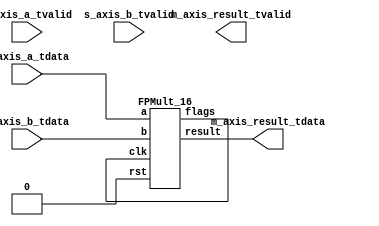
`define SIMULATION_MEMORY
`define EXPONENT 5
`define MANTISSA 10
`define ACTUAL_MANTISSA 11
`define EXPONENT_LSB 10
`define EXPONENT_MSB 14
`define MANTISSA_LSB 0
`define MANTISSA_MSB 9
`define MANTISSA_MUL_SPLIT_LSB 3
`define MANTISSA_MUL_SPLIT_MSB 9
`define SIGN 1
`define SIGN_LOC 15
`define DWIDTH (`SIGN+`EXPONENT+`MANTISSA)
`define IEEE_COMPLIANCE 1

module td_fused_top_ap_hmul_0_max_dsp_16 (
   input  wire        s_axis_a_tvalid,
   input  wire [15:0] s_axis_a_tdata,
   input  wire        s_axis_b_tvalid,
   input  wire [15:0] s_axis_b_tdata,
   output wire        m_axis_result_tvalid,
   output wire [15:0] m_axis_result_tdata
);

`ifdef complex_dsp
   multiply_fp u_mult_fp (
      .a(s_axis_a_tdata),
      .b(s_axis_b_tdata),
      .out(m_axis_result_tdata)
   );
`else
FPMult_16 u_FPMult (.clk(), .rst(1'b0), .a(s_axis_a_tdata), .b(s_axis_b_tdata), .result(m_axis_result_tdata), .flags());
`endif


endmodule
module FPMult_16(
		clk,
		rst,
		a,
		b,
		result,
		flags
    );

	// Input Ports
	input clk ;							// Clock
	input rst ;							// Reset signal
	input [`DWIDTH-1:0] a;					// Input A, a 32-bit floating point number
	input [`DWIDTH-1:0] b;					// Input B, a 32-bit floating point number

	// Output ports
	output [`DWIDTH-1:0] result ;					// Product, result of the operation, 32-bit FP number
	output [4:0] flags ;				// Flags indicating exceptions according to IEEE754

	// Internal signals
	wire [31:0] Z_int ;				// Product, result of the operation, 32-bit FP number
	wire [4:0] Flags_int ;			// Flags indicating exceptions according to IEEE754

	wire Sa ;							// A's sign
	wire Sb ;							// B's sign
	wire Sp ;							// Product sign
	wire [`EXPONENT-1:0] Ea ;					// A's exponent
	wire [`EXPONENT-1:0] Eb ;					// B's exponent
	wire [2*`MANTISSA+1:0] Mp ;					// Product mantissa
	wire [4:0] InputExc ;			// Exceptions in inputs
	wire [`MANTISSA-1:0] NormM ;				// Normalized mantissa
	wire [`EXPONENT:0] NormE ;				// Normalized exponent
	wire [`MANTISSA:0] RoundM ;				// Normalized mantissa
	wire [`EXPONENT:0] RoundE ;				// Normalized exponent
	wire [`MANTISSA:0] RoundMP ;				// Normalized mantissa
	wire [`EXPONENT:0] RoundEP ;				// Normalized exponent
	wire GRS ;

	//reg [63:0] pipe_0;			// Pipeline register Input->Prep
	reg [2*`DWIDTH-1:0] pipe_0;			// Pipeline register Input->Prep

	//reg [92:0] pipe_1;			// Pipeline register Prep->Execute
	reg [3*`MANTISSA+2*`EXPONENT+7:0] pipe_1;			// Pipeline register Prep->Execute

	//reg [38:0] pipe_2;			// Pipeline register Execute->Normalize
	reg [`MANTISSA+`EXPONENT+7:0] pipe_2;			// Pipeline register Execute->Normalize

	//reg [72:0] pipe_3;			// Pipeline register Normalize->Round
	reg [2*`MANTISSA+2*`EXPONENT+10:0] pipe_3;			// Pipeline register Normalize->Round

	//reg [36:0] pipe_4;			// Pipeline register Round->Output
	reg [`DWIDTH+4:0] pipe_4;			// Pipeline register Round->Output

	assign result = pipe_4[`DWIDTH+4:5] ;
	assign flags = pipe_4[4:0] ;

	// Prepare the operands for alignment and check for exceptions
	FPMult_PrepModule PrepModule(clk, rst, pipe_0[2*`DWIDTH-1:`DWIDTH], pipe_0[`DWIDTH-1:0], Sa, Sb, Ea[`EXPONENT-1:0], Eb[`EXPONENT-1:0], Mp[2*`MANTISSA+1:0], InputExc[4:0]) ;

	// Perform (unsigned) mantissa multiplication
	FPMult_ExecuteModule ExecuteModule(pipe_1[3*`MANTISSA+`EXPONENT*2+7:2*`MANTISSA+2*`EXPONENT+8], pipe_1[2*`MANTISSA+2*`EXPONENT+7:2*`MANTISSA+7], pipe_1[2*`MANTISSA+6:5], pipe_1[2*`MANTISSA+2*`EXPONENT+6:2*`MANTISSA+`EXPONENT+7], pipe_1[2*`MANTISSA+`EXPONENT+6:2*`MANTISSA+7], pipe_1[2*`MANTISSA+2*`EXPONENT+8], pipe_1[2*`MANTISSA+2*`EXPONENT+7], Sp, NormE[`EXPONENT:0], NormM[`MANTISSA-1:0], GRS) ;

	// Round result and if necessary, perform a second (post-rounding) normalization step
	FPMult_NormalizeModule NormalizeModule(pipe_2[`MANTISSA-1:0], pipe_2[`MANTISSA+`EXPONENT:`MANTISSA], RoundE[`EXPONENT:0], RoundEP[`EXPONENT:0], RoundM[`MANTISSA:0], RoundMP[`MANTISSA:0]) ;

	// Round result and if necessary, perform a second (post-rounding) normalization step
	//FPMult_RoundModule RoundModule(pipe_3[47:24], pipe_3[23:0], pipe_3[65:57], pipe_3[56:48], pipe_3[66], pipe_3[67], pipe_3[72:68], Z_int[31:0], Flags_int[4:0]) ;
	FPMult_RoundModule RoundModule(pipe_3[2*`MANTISSA+1:`MANTISSA+1], pipe_3[`MANTISSA:0], pipe_3[2*`MANTISSA+2*`EXPONENT+3:2*`MANTISSA+`EXPONENT+3], pipe_3[2*`MANTISSA+`EXPONENT+2:2*`MANTISSA+2], pipe_3[2*`MANTISSA+2*`EXPONENT+4], pipe_3[2*`MANTISSA+2*`EXPONENT+5], pipe_3[2*`MANTISSA+2*`EXPONENT+10:2*`MANTISSA+2*`EXPONENT+6], Z_int[`DWIDTH-1:0], Flags_int[4:0]) ;

	always @ (*) begin
		if(rst) begin
			pipe_0 = 0;
			pipe_1 = 0;
			pipe_2 = 0;
			pipe_3 = 0;
			pipe_4 = 0;
		end
		else begin
			/* PIPE 0
				[63:32] A
				[31:0] B
			*/
      pipe_0 = {a, b} ;

			/* PIPE 1
				[70] Sa
				[69] Sb
				[68:61] Ea
				[60:53] Eb
				[52:5] Mp
				[4:0] InputExc
			*/
			//pipe_1 <= {pipe_0[`DWIDTH+`MANTISSA-1:`DWIDTH], pipe_0[`MANTISSA_MUL_SPLIT_LSB-1:0], Sa, Sb, Ea[`EXPONENT-1:0], Eb[`EXPONENT-1:0], Mp[2*`MANTISSA-1:0], InputExc[4:0]} ;
			pipe_1 = {pipe_0[`DWIDTH+`MANTISSA-1:`DWIDTH], pipe_0[8:0], Sa, Sb, Ea[`EXPONENT-1:0], Eb[`EXPONENT-1:0], Mp[2*`MANTISSA+1:0], InputExc[4:0]} ;
			/* PIPE 2
				[38:34] InputExc
				[33] GRS
				[32] Sp
				[31:23] NormE
				[22:0] NormM
			*/
			pipe_2 = {pipe_1[4:0], GRS, Sp, NormE[`EXPONENT:0], NormM[`MANTISSA-1:0]} ;
			/* PIPE 3
				[72:68] InputExc
				[67] GRS
				[66] Sp
				[65:57] RoundE
				[56:48] RoundEP
				[47:24] RoundM
				[23:0] RoundMP
			*/
			pipe_3 = {pipe_2[`EXPONENT+`MANTISSA+7:`EXPONENT+`MANTISSA+1], RoundE[`EXPONENT:0], RoundEP[`EXPONENT:0], RoundM[`MANTISSA:0], RoundMP[`MANTISSA:0]} ;
			/* PIPE 4
				[36:5] Z
				[4:0] Flags
			*/
			pipe_4 = {Z_int[`DWIDTH-1:0], Flags_int[4:0]} ;
		end
	end

endmodule
module FPMult_RoundModule(
		RoundM,
		RoundMP,
		RoundE,
		RoundEP,
		Sp,
		GRS,
		InputExc,
		Z,
		Flags
    );

	// Input Ports
	input [`MANTISSA:0] RoundM ;									// Normalized mantissa
	input [`MANTISSA:0] RoundMP ;									// Normalized exponent
	input [`EXPONENT:0] RoundE ;									// Normalized mantissa + 1
	input [`EXPONENT:0] RoundEP ;									// Normalized exponent + 1
	input Sp ;												// Product sign
	input GRS ;
	input [4:0] InputExc ;

	// Output Ports
	output [`DWIDTH-1:0] Z ;										// Final product
	output [4:0] Flags ;

	// Internal Signals
	wire [`EXPONENT:0] FinalE ;									// Rounded exponent
	wire [`MANTISSA:0] FinalM;
	wire [`MANTISSA:0] PreShiftM;

	assign PreShiftM = GRS ? RoundMP : RoundM ;	// Round up if R and (G or S)

	// Post rounding normalization (potential one bit shift> use shifted mantissa if there is overflow)
	assign FinalM = (PreShiftM[`MANTISSA] ? {1'b0, PreShiftM[`MANTISSA:1]} : PreShiftM[`MANTISSA:0]) ;

	assign FinalE = (PreShiftM[`MANTISSA] ? RoundEP : RoundE) ; // Increment exponent if a shift was done

	assign Z = {Sp, FinalE[`EXPONENT-1:0], FinalM[`MANTISSA-1:0]} ;   // Putting the pieces together
	assign Flags = InputExc[4:0];

endmodule
module FPMult_NormalizeModule(
		NormM,
		NormE,
		RoundE,
		RoundEP,
		RoundM,
		RoundMP
    );

	// Input Ports
	input [`MANTISSA-1:0] NormM ;									// Normalized mantissa
	input [`EXPONENT:0] NormE ;									// Normalized exponent

	// Output Ports
	output [`EXPONENT:0] RoundE ;
	output [`EXPONENT:0] RoundEP ;
	output [`MANTISSA:0] RoundM ;
	output [`MANTISSA:0] RoundMP ;

	assign RoundE = NormE - 15 ;
	assign RoundEP = NormE - 14 ;
	assign RoundM = NormM ;
	assign RoundMP = NormM ;

endmodule
module FPMult_ExecuteModule(
		a,
		b,
		MpC,
		Ea,
		Eb,
		Sa,
		Sb,
		Sp,
		NormE,
		NormM,
		GRS
    );

	// Input ports
	input [`MANTISSA-1:0] a ;
	input [2*`EXPONENT:0] b ;
	input [2*`MANTISSA+1:0] MpC ;
	input [`EXPONENT-1:0] Ea ;						// A's exponent
	input [`EXPONENT-1:0] Eb ;						// B's exponent
	input Sa ;								// A's sign
	input Sb ;								// B's sign

	// Output ports
	output Sp ;								// Product sign
	output [`EXPONENT:0] NormE ;													// Normalized exponent
	output [`MANTISSA-1:0] NormM ;												// Normalized mantissa
	output GRS ;

	wire [2*`MANTISSA+1:0] Mp ;

	assign Sp = (Sa ^ Sb) ;												// Equal signs give a positive product

   // wire [`ACTUAL_MANTISSA-1:0] inp_a;
   // wire [`ACTUAL_MANTISSA-1:0] inp_b;
   // assign inp_a = {1'b1, a};
   // assign inp_b = {{(`MANTISSA-`MANTISSA_MUL_SPLIT_LSB){1'b0}}, 1'b0, b};
   // DW02_mult #(`ACTUAL_MANTISSA,`ACTUAL_MANTISSA) u_mult(.A(inp_a), .B(inp_b), .TC(1'b0), .PRODUCT(Mp_temp));
   // DW01_add #(2*`ACTUAL_MANTISSA) u_add(.A(Mp_temp), .B(MpC<<`MANTISSA_MUL_SPLIT_LSB), .CI(1'b0), .SUM(Mp), .CO());

	//assign Mp = (MpC<<(2*`EXPONENT+1)) + ({4'b0001, a[`MANTISSA-1:0]}*{1'b0, b[2*`EXPONENT:0]}) ;
	assign Mp = MpC;


	assign NormM = (Mp[2*`MANTISSA+1] ? Mp[2*`MANTISSA:`MANTISSA+1] : Mp[2*`MANTISSA-1:`MANTISSA]); 	// Check for overflow
	assign NormE = (Ea + Eb + Mp[2*`MANTISSA+1]);								// If so, increment exponent

	assign GRS = ((Mp[`MANTISSA]&(Mp[`MANTISSA+1]))|(|Mp[`MANTISSA-1:0])) ;

endmodule
module FPMult_PrepModule (
		clk,
		rst,
		a,
		b,
		Sa,
		Sb,
		Ea,
		Eb,
		Mp,
		InputExc
	);

	// Input ports
	input clk ;
	input rst ;
	input [`DWIDTH-1:0] a ;								// Input A, a 32-bit floating point number
	input [`DWIDTH-1:0] b ;								// Input B, a 32-bit floating point number

	// Output ports
	output Sa ;										// A's sign
	output Sb ;										// B's sign
	output [`EXPONENT-1:0] Ea ;								// A's exponent
	output [`EXPONENT-1:0] Eb ;								// B's exponent
	output [2*`MANTISSA+1:0] Mp ;							// Mantissa product
	output [4:0] InputExc ;						// Input numbers are exceptions

	// Internal signals							// If signal is high...
	wire ANaN ;										// A is a signalling NaN
	wire BNaN ;										// B is a signalling NaN
	wire AInf ;										// A is infinity
	wire BInf ;										// B is infinity
    wire [`MANTISSA-1:0] Ma;
    wire [`MANTISSA-1:0] Mb;

	assign ANaN = &(a[`DWIDTH-2:`MANTISSA]) &  |(a[`DWIDTH-2:`MANTISSA]) ;			// All one exponent and not all zero mantissa - NaN
	assign BNaN = &(b[`DWIDTH-2:`MANTISSA]) &  |(b[`MANTISSA-1:0]);			// All one exponent and not all zero mantissa - NaN
	assign AInf = &(a[`DWIDTH-2:`MANTISSA]) & ~|(a[`DWIDTH-2:`MANTISSA]) ;		// All one exponent and all zero mantissa - Infinity
	assign BInf = &(b[`DWIDTH-2:`MANTISSA]) & ~|(b[`DWIDTH-2:`MANTISSA]) ;		// All one exponent and all zero mantissa - Infinity

	// Check for any exceptions and put all flags into exception vector
	assign InputExc = {(ANaN | BNaN | AInf | BInf), ANaN, BNaN, AInf, BInf} ;
	//assign InputExc = {(ANaN | ANaN | BNaN |BNaN), ANaN, ANaN, BNaN,BNaN} ;

	// Take input numbers apart
	assign Sa = a[`DWIDTH-1] ;							// A's sign
	assign Sb = b[`DWIDTH-1] ;							// B's sign
	assign Ea = a[`DWIDTH-2:`MANTISSA];						// Store A's exponent in Ea, unless A is an exception
	assign Eb = b[`DWIDTH-2:`MANTISSA];						// Store B's exponent in Eb, unless B is an exception
//    assign Ma = a[`MANTISSA_MSB:`MANTISSA_LSB];
  //  assign Mb = b[`MANTISSA_MSB:`MANTISSA_LSB];



	//assign Mp = ({4'b0001, a[`MANTISSA-1:0]}*{4'b0001, b[`MANTISSA-1:9]}) ;
	assign Mp = ({1'b1,a[`MANTISSA-1:0]}*{1'b1, b[`MANTISSA-1:0]}) ;


    //We multiply part of the mantissa here
    //Full mantissa of A
    //Bits MANTISSA_MUL_SPLIT_MSB:MANTISSA_MUL_SPLIT_LSB of B
   // wire [`ACTUAL_MANTISSA-1:0] inp_A;
   // wire [`ACTUAL_MANTISSA-1:0] inp_B;
   // assign inp_A = {1'b1, Ma};
   // assign inp_B = {{(`MANTISSA-(`MANTISSA_MUL_SPLIT_MSB-`MANTISSA_MUL_SPLIT_LSB+1)){1'b0}}, 1'b1, Mb[`MANTISSA_MUL_SPLIT_MSB:`MANTISSA_MUL_SPLIT_LSB]};
   // DW02_mult #(`ACTUAL_MANTISSA,`ACTUAL_MANTISSA) u_mult(.A(inp_A), .B(inp_B), .TC(1'b0), .PRODUCT(Mp));
endmodule